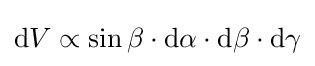
{\textrm {d}}V\propto \sin \beta \cdot {\textrm {d}}\alpha \cdot {\textrm {d}}\beta \cdot {\textrm {d}}\gamma